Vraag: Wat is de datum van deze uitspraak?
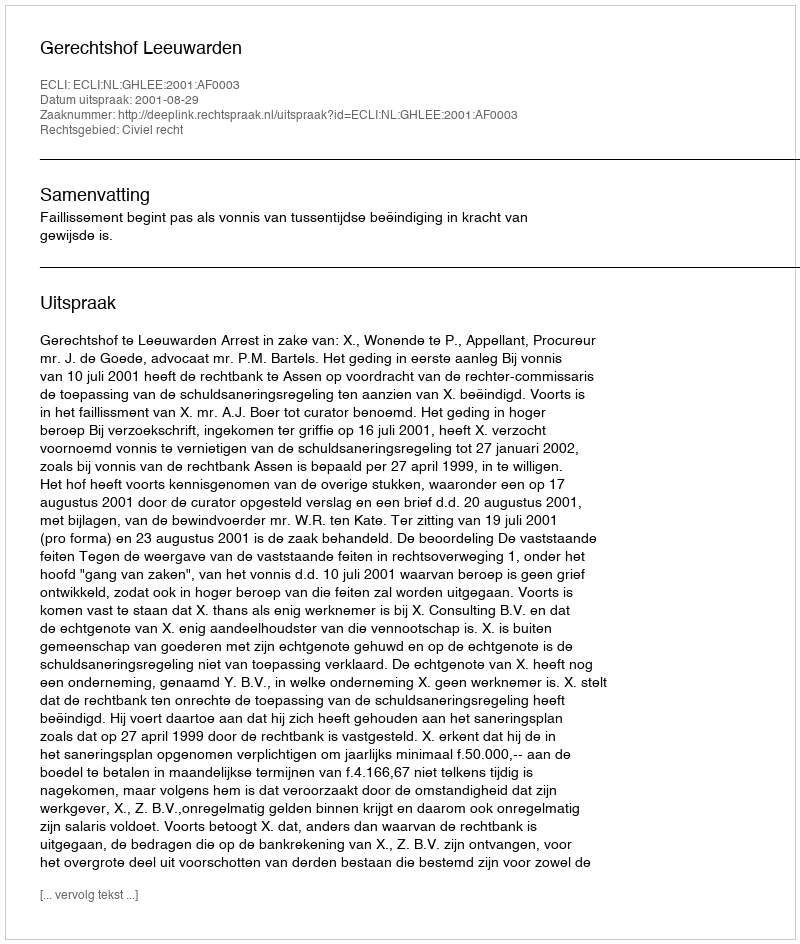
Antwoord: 2001-08-29